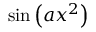
\sin \left( a x ^ { 2 } \right)